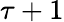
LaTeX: \tau+1